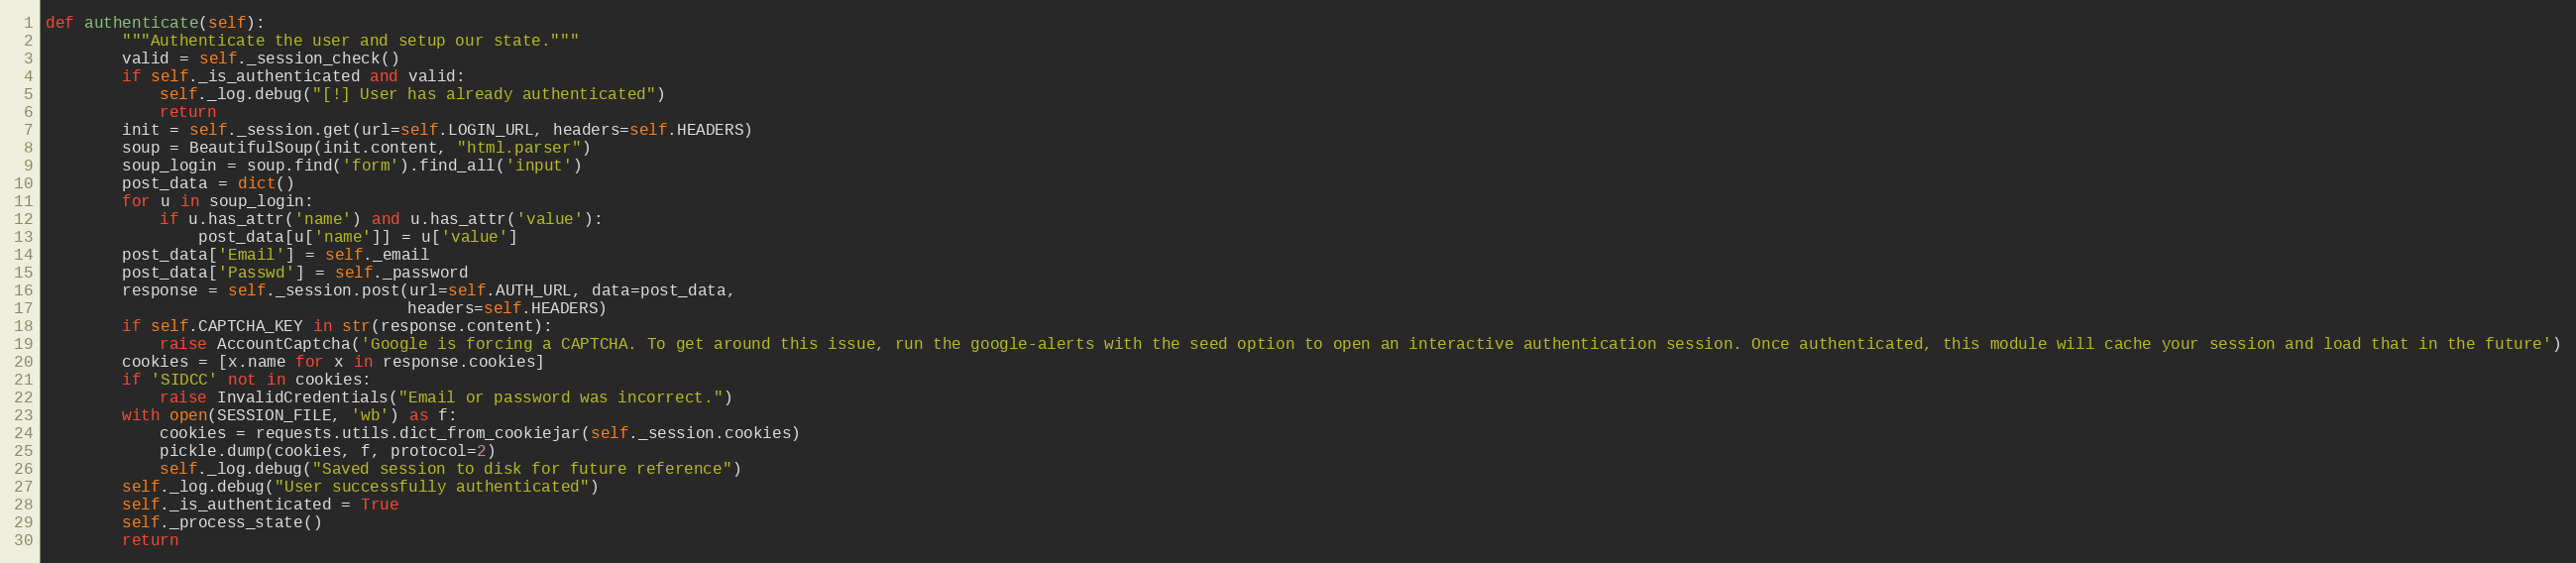
Language: Python
def authenticate(self):
        """Authenticate the user and setup our state."""
        valid = self._session_check()
        if self._is_authenticated and valid:
            self._log.debug("[!] User has already authenticated")
            return
        init = self._session.get(url=self.LOGIN_URL, headers=self.HEADERS)
        soup = BeautifulSoup(init.content, "html.parser")
        soup_login = soup.find('form').find_all('input')
        post_data = dict()
        for u in soup_login:
            if u.has_attr('name') and u.has_attr('value'):
                post_data[u['name']] = u['value']
        post_data['Email'] = self._email
        post_data['Passwd'] = self._password
        response = self._session.post(url=self.AUTH_URL, data=post_data,
                                      headers=self.HEADERS)
        if self.CAPTCHA_KEY in str(response.content):
            raise AccountCaptcha('Google is forcing a CAPTCHA. To get around this issue, run the google-alerts with the seed option to open an interactive authentication session. Once authenticated, this module will cache your session and load that in the future')
        cookies = [x.name for x in response.cookies]
        if 'SIDCC' not in cookies:
            raise InvalidCredentials("Email or password was incorrect.")
        with open(SESSION_FILE, 'wb') as f:
            cookies = requests.utils.dict_from_cookiejar(self._session.cookies)
            pickle.dump(cookies, f, protocol=2)
            self._log.debug("Saved session to disk for future reference")
        self._log.debug("User successfully authenticated")
        self._is_authenticated = True
        self._process_state()
        return